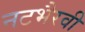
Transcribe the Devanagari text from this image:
नटभैरवी